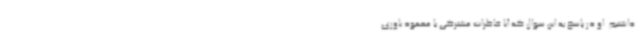
داشتیم. او در پاسخ به این سوال که آیا خاطرات مشترکی با محمود یاوری